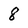
Character: 8